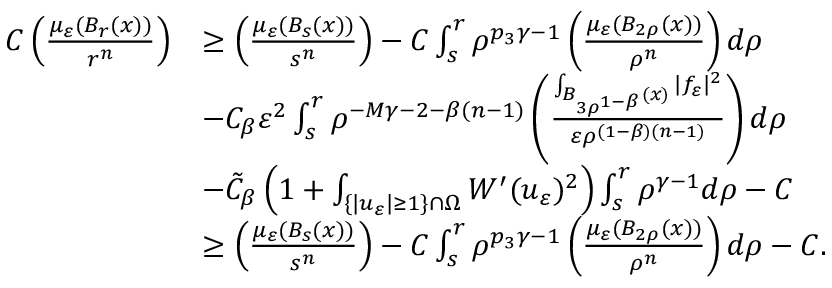
\begin{array} { r l } { C \left( \frac { \mu _ { \varepsilon } ( B _ { r } ( x ) ) } { r ^ { n } } \right) } & { \geq \left( \frac { \mu _ { \varepsilon } ( B _ { s } ( x ) ) } { s ^ { n } } \right) - C \int _ { s } ^ { r } \rho ^ { p _ { 3 } \gamma - 1 } \left( \frac { \mu _ { \varepsilon } ( B _ { 2 \rho } ( x ) ) } { \rho ^ { n } } \right) d \rho } \\ & { - C _ { \beta } \varepsilon ^ { 2 } \int _ { s } ^ { r } \rho ^ { - M \gamma - 2 - \beta ( n - 1 ) } \left( \frac { \int _ { B _ { 3 \rho ^ { 1 - \beta } } ( x ) } | f _ { \varepsilon } | ^ { 2 } } { \varepsilon \rho ^ { ( 1 - \beta ) ( n - 1 ) } } \right) d \rho } \\ & { - \tilde { C } _ { \beta } \left( 1 + \int _ { \{ | u _ { \varepsilon } | \geq 1 \} \cap \Omega } W ^ { \prime } ( u _ { \varepsilon } ) ^ { 2 } \right) \int _ { s } ^ { r } \rho ^ { \gamma - 1 } d \rho - C } \\ & { \geq \left( \frac { \mu _ { \varepsilon } ( B _ { s } ( x ) ) } { s ^ { n } } \right) - C \int _ { s } ^ { r } \rho ^ { p _ { 3 } \gamma - 1 } \left( \frac { \mu _ { \varepsilon } ( B _ { 2 \rho } ( x ) ) } { \rho ^ { n } } \right) d \rho - C . } \end{array}